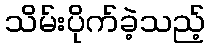
သိမ်းပိုက်ခဲ့သည့်